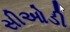
સીઓડી